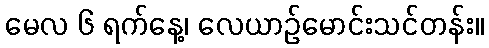
မေလ ၆ ရက်နေ့၊ လေယာဉ်မောင်းသင်တန်း။